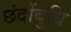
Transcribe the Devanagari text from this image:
छंदोंबुधि